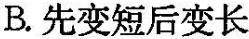
B.先变短后变长